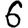
Digit: 6